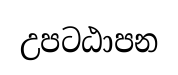
උපටඨාපන